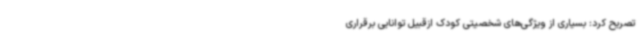
تصریح کرد: بسیاری از ویژگی‌های شخصیتی کودک ازقبیل توانایی برقراری